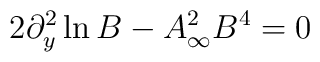
2 \partial_y^2 \ln B - A_\infty^2 B^4 = 0